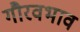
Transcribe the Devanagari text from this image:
गौरवभाव